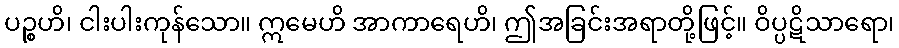
ပဉ္စဟိ၊ ငါးပါးကုန်သော။ ဣမေဟိ အာကာရေဟိ၊ ဤအခြင်းအရာတို့ဖြင့်။ ဝိပ္ပဋိသာရော၊